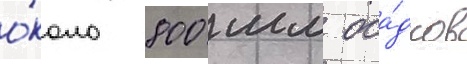
о́коло 800 мм оса́дков